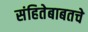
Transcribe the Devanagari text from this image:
संहितेबाबतचे